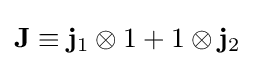
\mathbf {J} \equiv \mathbf {j} _{1}\otimes 1+1\otimes \mathbf {j} _{2}~